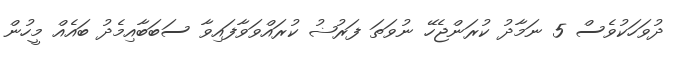
ދުވަހަކުވެސް 5 ނަމާދު ކުރަންޖެހޭ ނުވަތަ ފަރުޟު ކުރައްވަވާފައިވާ ސަބަބާއިމެދު ބައެއް މީހުން